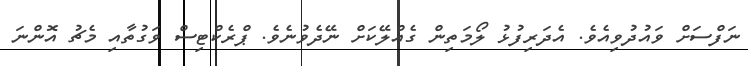
ނަފްސަށް ވައުދުވިއެވެ. އެދަރިފުޅު ލޯމަތިން ގެއްލޭކަށް ނޭދެވުނެވެ. ޕްރެކްޓިސް ވަގުތާއި މެޗު އޮންނަ